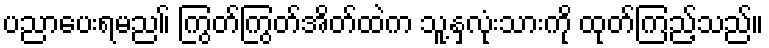
ပညာပေးရမည။် ကြွတ်ကြွတ်အိတ်ထဲက သူ့နှလုံးသားကို ထုတ်ကြည့်သည်။